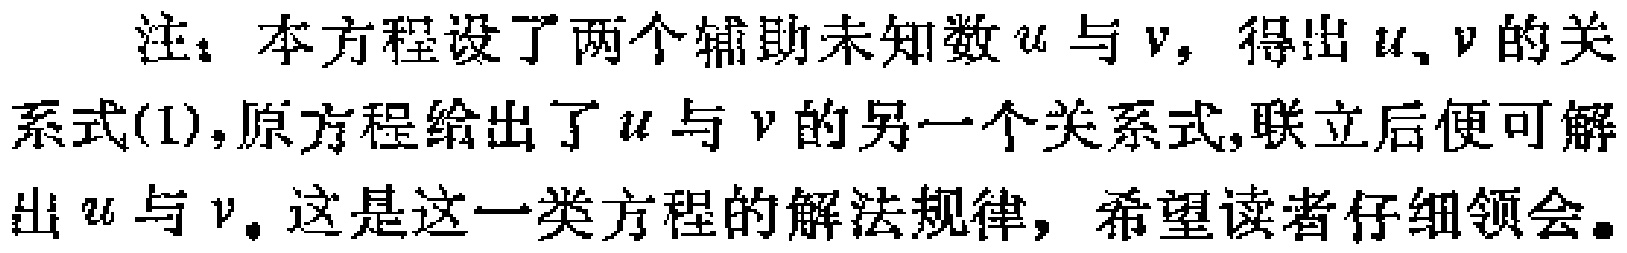
注：本方程设了两个辅助未知数\(u\)与\(v\)，得出\(u\)、\(v\)的关系式(1)，原方程给出了\(u\)与\(v\)的另一个关系式，联立后便可解出\(u\)与\(v\)。这是这一类方程的解法规律，希望读者仔细领会。